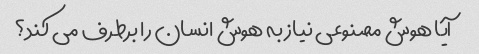
آیا هوش مصنوعی نیاز به هوش انسان را برطرف می کند؟